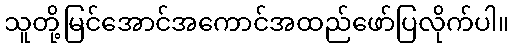
သူတို့မြင်အောင်အကောင်အထည်ဖော်ပြလိုက်ပါ။